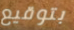
بتوقيع